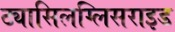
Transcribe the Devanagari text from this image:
ट्यासिलग्लिसराइड